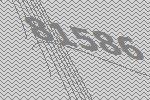
81586